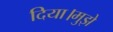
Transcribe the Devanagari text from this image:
दिया।मुझे